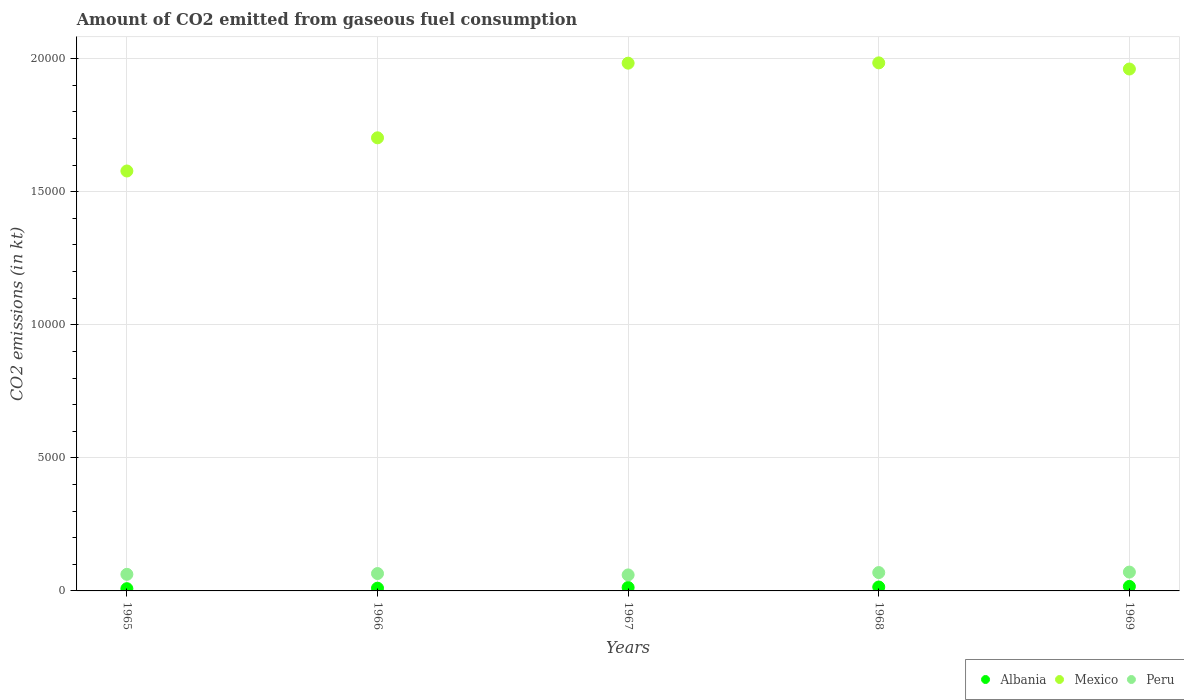
| Years | Albania | Mexico | Peru |
 | --- | --- | --- | --- |
 | 1965 | 84.3 | 1.58e+04 | 623 |
 | 1966 | 103 | 1.7e+04 | 653 |
 | 1967 | 128 | 1.98e+04 | 601 |
 | 1968 | 147 | 1.98e+04 | 689 |
 | 1969 | 169 | 1.96e+04 | 708 |